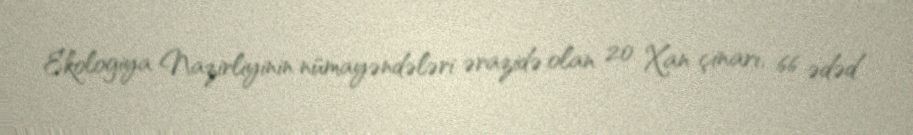
Ekologiya Nazirliyinin nümayəndələri ərazidə olan 20 Xan çinarı, 66 ədəd